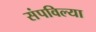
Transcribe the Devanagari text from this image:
संपविल्या